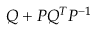
Q + P Q ^ { T } P ^ { - 1 }